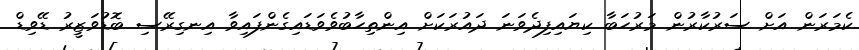
ކެމަރަން އަށް ސަރުކާރުން މަރުހަބާ ކިޔައިފިދެވަނަ ދައުރަކަށް އިންތިހާބުވެވަޑައިގެންފައިވާ އިނގިރޭސި ބޮޑުވަޒީރު ޑޭވިޑް